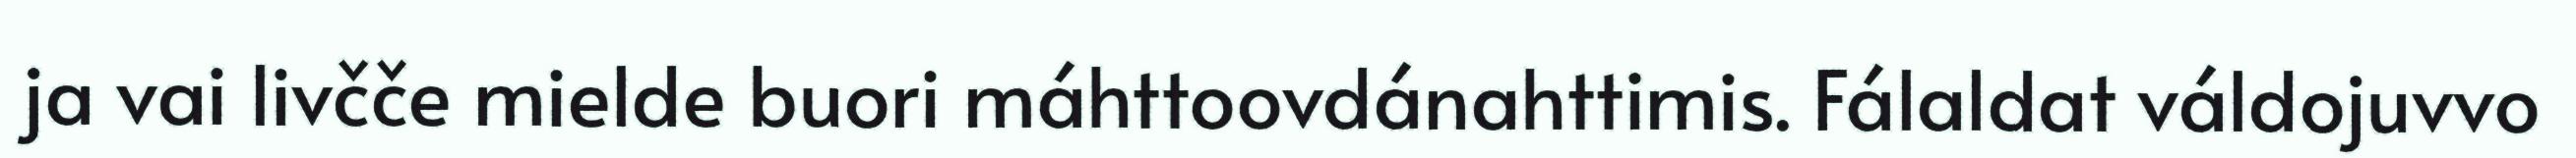
ja vai livčče mielde buori máhttoovdánahttimis. Fálaldat váldojuvvo